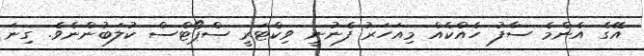
އޭގެ އެންމެ ސާފު ހެއްކެއް މިއަހަރު ފެނުނީ ވިކްޓަރީ ސްޕޯޓްސް ކުލަބުންނެވެ. ގިނަ